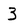
Character: 3